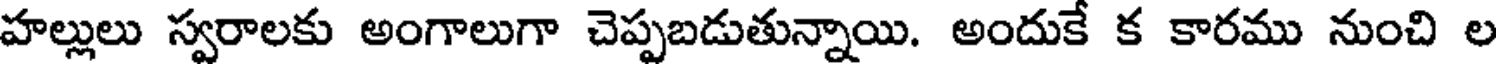
హల్లులు స్వరాలకు అంగాలుగా చెప్పబడుతున్నాయి. అందుకే క కారము నుంచి ల